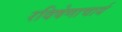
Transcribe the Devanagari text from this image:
रविषेणाचार्य